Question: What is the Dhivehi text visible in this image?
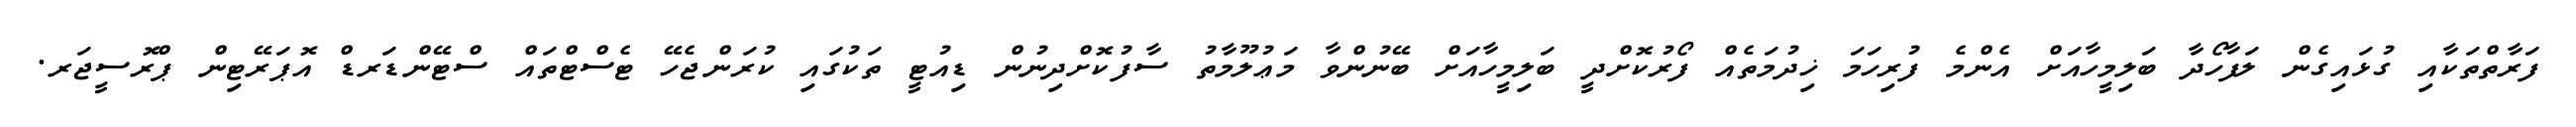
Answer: ފަރާތްތަކާއި ގުޅައިގެން ލަފާހޯދާ ބަލިމީހާއަށް އެންމެ ފުރިހަމަ ޚިދުމަތެއް ފޯރުކޮށްދީ ބަލިމީހާއަށް ބޭނުންވާ މަޢުލޫމާތު ސާފުކޮށްދިނުން ޑިއުޓީ ތަކުގައި ކުރަންޖެހޭ ޓެސްޓްތައް ސްޓޭންޑަރޑް އޮޕަރޭޓިން ޕްރޮސީޖަރ.